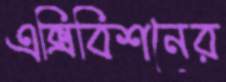
এক্সিবিশনের